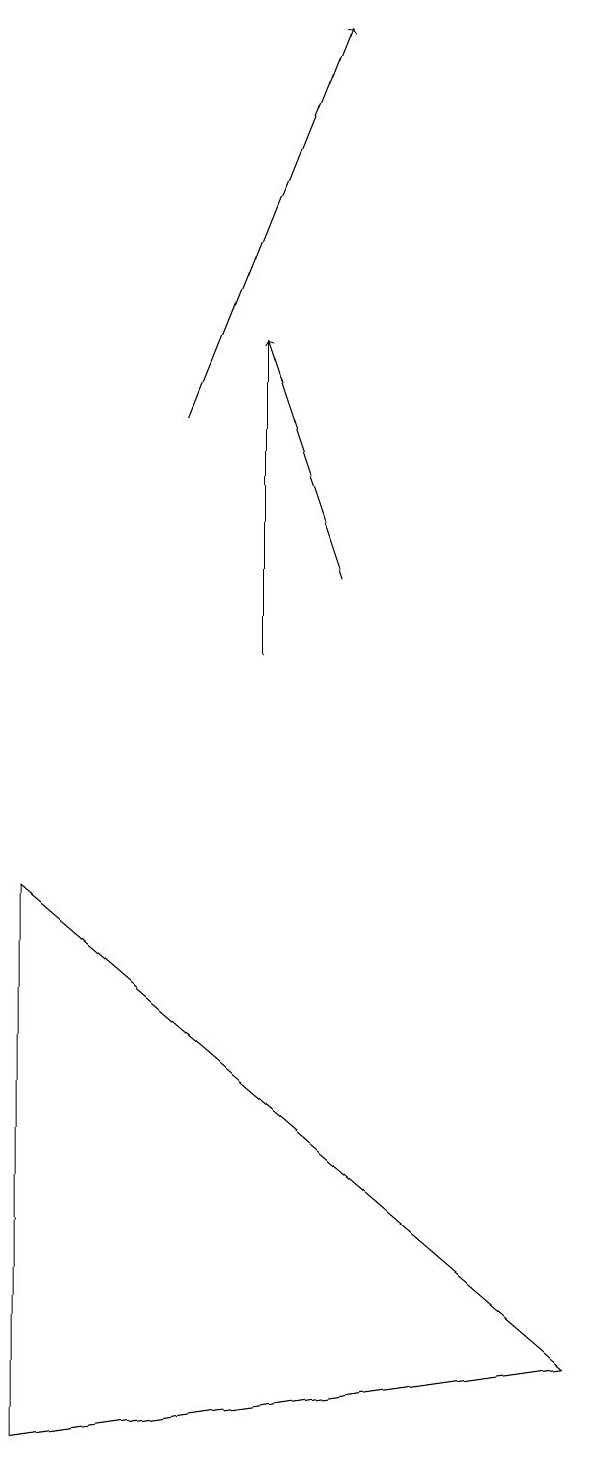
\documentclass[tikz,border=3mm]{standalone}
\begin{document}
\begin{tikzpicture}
\draw (5,14) rectangle (5,10);
\draw[->] (4,13) -- (6,18);
\draw (2,7) -- (9,1) -- (2,0) -- cycle;
\draw[->] (6,11) -- (5,14);
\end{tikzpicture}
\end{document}